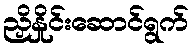
ညှိနှိုင်းဆောင်ရွက်